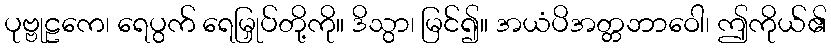
ပုဗ္ဗုဠကေ၊ ရေပွက် ရေမြှုပ်တို့ကို။ ဒိသွာ၊ မြင်၍။ အယံပိအတ္တဘာဝေါ၊ ဤကိုယ်၏